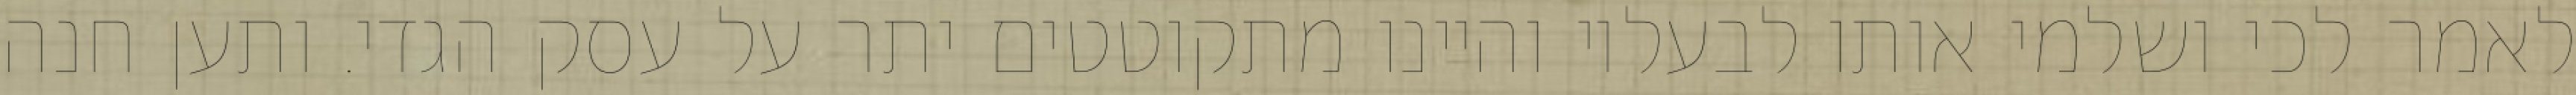
לאמר לכי ושלמי אותו לבעליו והיינו מתקוטטים יתר על עסק הגדי. ותען חנה